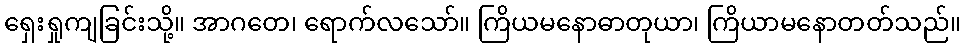
ရှေးရှုကျခြင်းသို့။ အာဂတေ၊ ရောက်လသော်။ ကြိယမနောဓာတုယာ၊ ကြိယာမနောတတ်သည်။